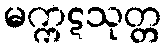
မက္ကဋသုတ္တ